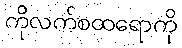
ကိုလက်စထရောကို